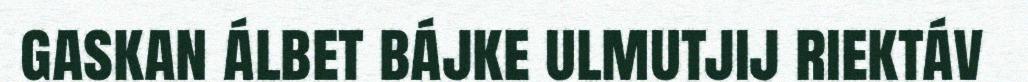
gaskan álbet bájke ulmutjij riektáv